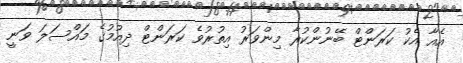
އެއާ އެކު ކަރަންޓް ބޭނުންކުރާ މިންވަރު އިތުރުވެ ކަރަންޓް ދިއުމުގެ މައްސަލަ ވަނީ